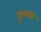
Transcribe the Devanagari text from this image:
दुलया